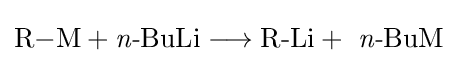
{\mathrm {R} {-}\mathrm {M} }+{\textit {n-}}{\mathrm {BuLi} {}\mathrel {\longrightarrow } {}{\text{R-Li}}{}+{}}\ {\textit {n-}}{\mathrm {BuM} }